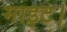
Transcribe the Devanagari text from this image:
माइट।